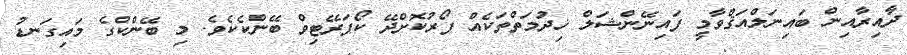
ދާއިރާއިން ބައިނަލްއަޤްވާމީ ފައިނޭންޝަލް ޚިދުމަތްތަކެއް ފޯރުކޮށްދޭ ކޯޕަރޭޓިވް ބޭންކެކެވެ. މި ބޭންކްގެ މައިގަނޑު